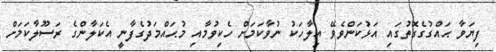
ފިޔަވާ ޙައްގުގެގޮތުގައި އަޅުކަންވެވޭ އިލާހަކު ނުވާކަމަށް ހެކިވުމާއި މުޙައްމަދުގެފާނީ އެކަލާންގެ ރަސޫލާކަމަށް